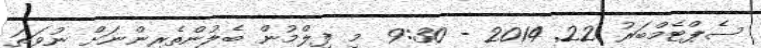
ސެޕްޓެމްބަރު 22